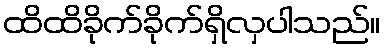
ထိထိခိုက်ခိုက်ရှိလှပါသည်။